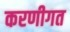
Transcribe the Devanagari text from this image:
करणीगत